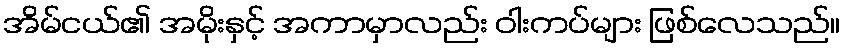
အိမ်ငယ်၏ အမိုးနှင့် အကာမှာလည်း ဝါးကပ်များ ဖြစ်လေသည်။